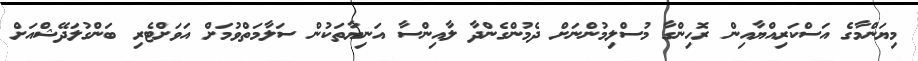
މިޔަންމާގެ އަސްކަރިއްޔާއިން ރޮހިންގާ މުސްލިމުންނަށް ދެމުންގެންދާ ލާއިންސާ އަނިޔާތަކުން ސަލާމަތްވުމަށް އަވަށްޓެރި ބަންގުލަދޭޝްއަށް